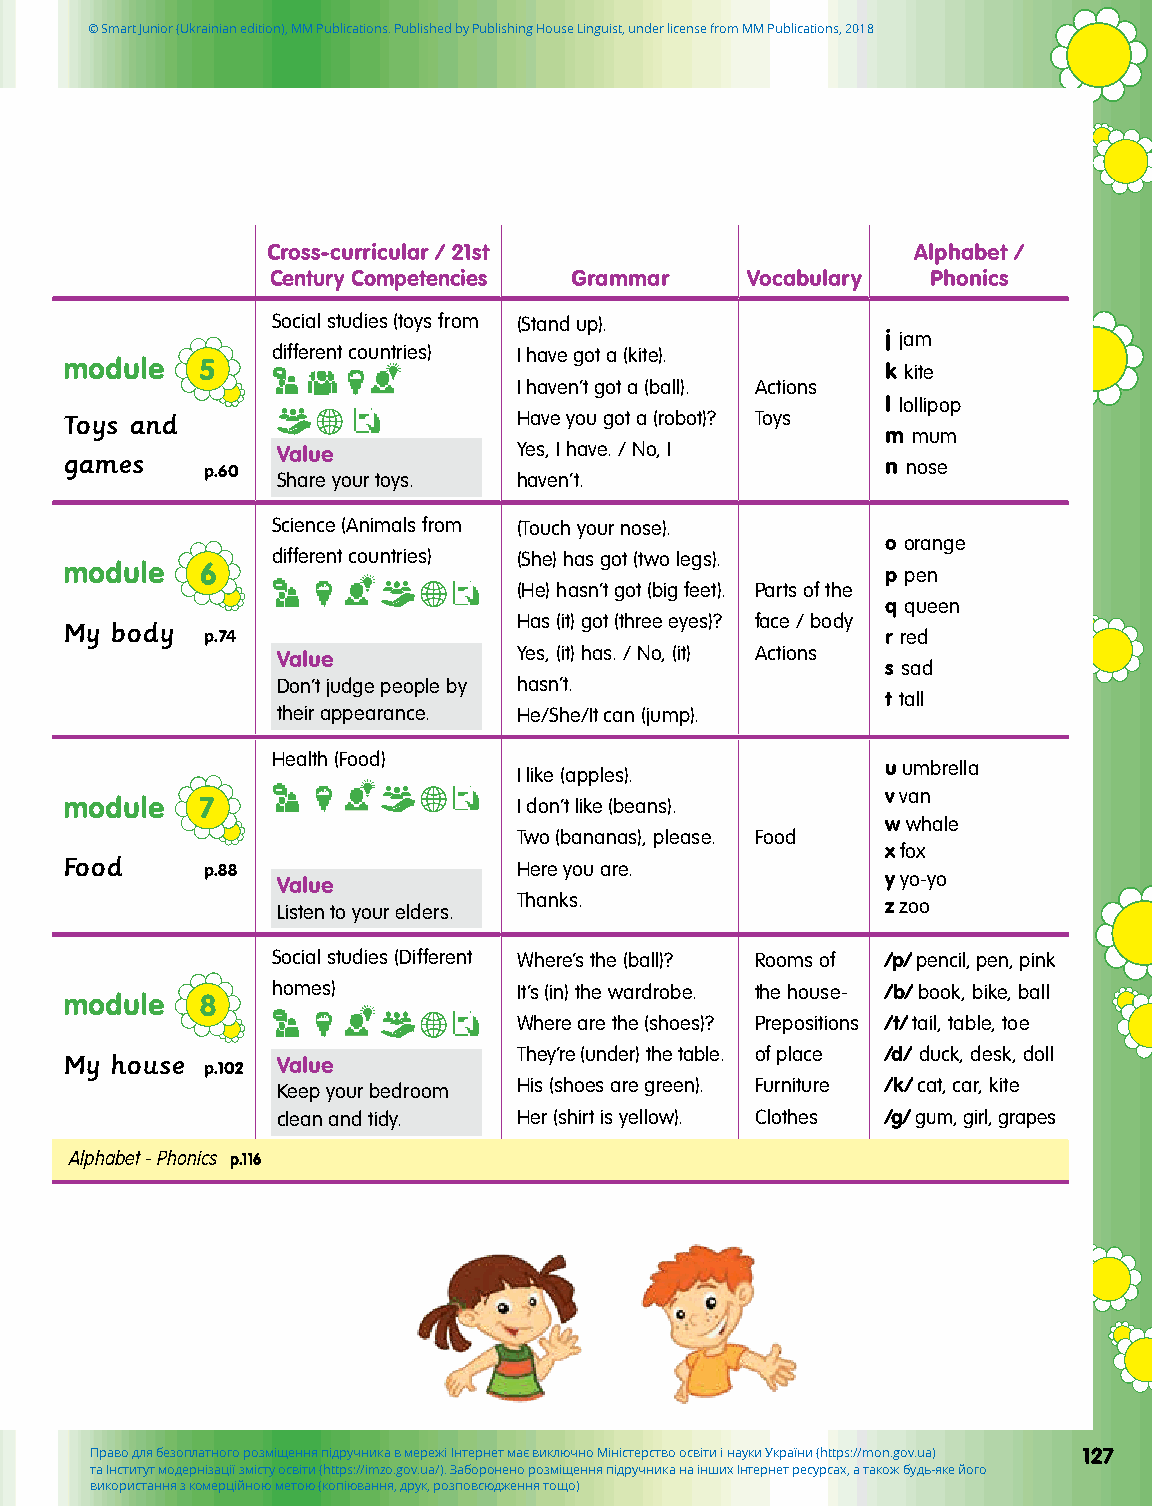
© Smart Junior (Ukrainian edition), MM Publications. Published by Publishing House Linguist, under license from MM Publications, 2018
 Cross-curricular / 21st                    Alphabet /
 Century Competencies Grammar   Vocabulary   Phonics
 Social studies (toys from (Stand up).
 j jam
 different countries) I have got a (kite).
 module   5                                             k kite
 I haven’t got a (ball). Actions
 l lollipop
 Toys and                      Have you got a (robot)? Toys
 m mum
 games
 p.60
 Value           Yes, I have. / No, I
 n nose
 Share your toys. haven’t.
 Science (Animals from (Touch your nose).
 o orange
 different countries) (She) has got (two legs).
 module   6                                             p pen
 (He) hasn’t got (big feet). Parts of the
 q queen
 My body                       Has (it) got (three eyes)? face / body
 p.74                                         r red
 Value           Yes, (it) has. / No, (it) Actions
 s sad
 Don’t judge people by hasn’t.
 t tall
 their appearance. He/She/It can (jump).
 Health (Food)
 u umbrella
 I like (apples).
 v van
 module   7                    I don’t like (beans).
 w whale
 Two (bananas), please. Food
 x fox
 Food
 p.88                Here you are.
 Value                                    y yo-yo
 Listen to your elders. Thanks.           z zoo
 Social studies (Different Where’s the (ball)? Rooms of /p/ pencil, pen, pink
 homes)          It’s (in) the wardrobe. the house- /b/ book, bike, ball
 module   8
 Where are the (shoes)? Prepositions /t/ tail, table, toe
 My house  p.102 Value         They’re (under) the table. of place /d/ duck, desk, doll
 Keep your bedroom His (shoes are green). Furniture /k/ cat, car, kite
 clean and tidy. Her (shirt is yellow). Clothes /g/ gum, girl, grapes
 Alphabet - Phonics p.116
 Право для безоплатного розміщення підручника в мережі Інтернет має виключно Міністерство освіти і науки України (https://mon.gov.ua) 127
 та Інститут модернізації змісту освіти (https://imzo.gov.ua/). Заборонено розміщення підручника на інших Інтернет ресурсах, а також будь-яке його
 використання з комерційною метою (копіювання, друк, розповсюдження тощо)